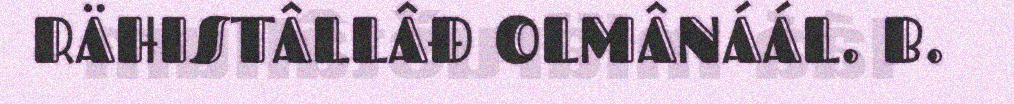
RÄHISTÂLLÂĐ OLMÂNÁÁL. B.